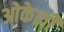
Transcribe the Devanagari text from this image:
ओकेली